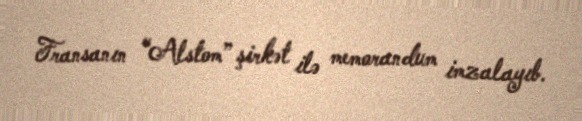
Fransanın “Alstom” şirkət ilə memorandum imzalayıb.